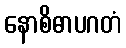
နောစိဓာပဂတံ